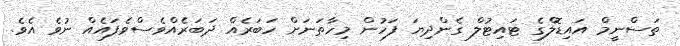
ތަސްނީމް އައިޑޮލްގެ ޓައިޓުލް ގެންދިޔަ ފަހުން މިހާތަނަށް ހަބަރެއް ދަބަރެއްވެސްވެފައެއް ނުވެ އެވެ.